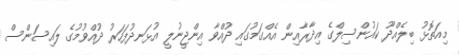
މިއަތޮޅު ބިލެއްދޫ ކައުންސިލްގެ އިދާރާއިން އެއްގަމުގައި ދުއްވާ އިންޖީނުލީ އުޅަނދުފަހަރު ދުއްވުމުގެ ލައިސަންސް